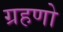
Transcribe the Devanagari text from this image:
ग्रहणो